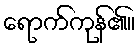
ရောက်ကုန်၏။